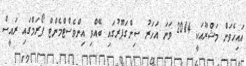
އައިހެވަން މަޝްރޫއަކީ 2014 ވަނަ އަހަރު ސިންގަޕޫރުގައި ބޭއްވި އިންވެސްޓްމެންޓް ފޯރަމްގައި ރައީސް